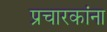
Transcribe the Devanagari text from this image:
प्रचारकांना